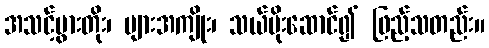
အသင့်ပွားတိုး၊ များအကျိုး၊ သယ်ပိုးဆောင်၍ ဖြည့်သတည်း။